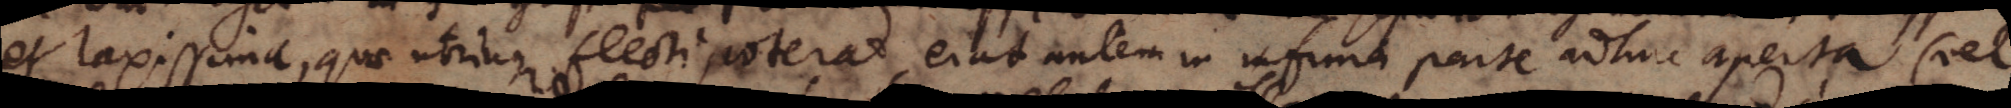
et laxissima, quae utrinque flecti poterat, erat autem in infima parte adhuc aperta (vel